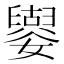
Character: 𡣿